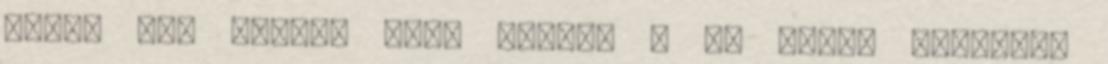
Ezzel már együtt kell élnie” – ha ugyan kordában